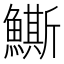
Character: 䲉